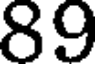
89